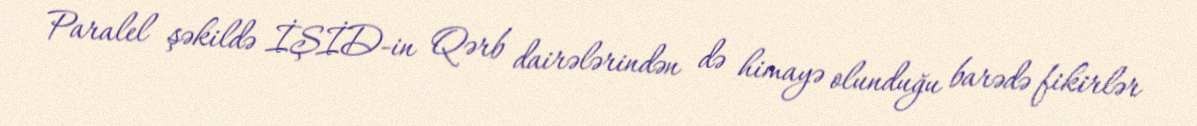
- Paralel şəkildə İŞİD-in Qərb dairələrindən də himayə olunduğu barədə fikirlər